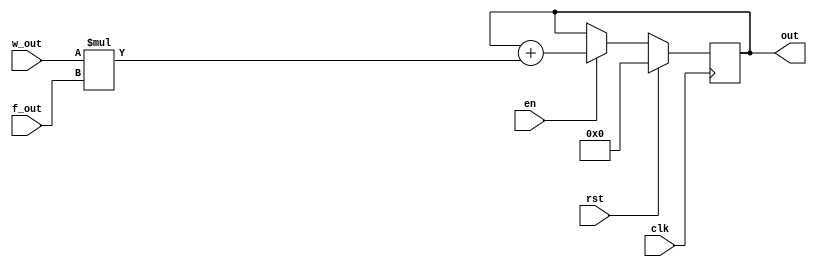
module acc_test(
    input clk,
    input [7:0] w_out,
    input [7:0] f_out,
    input rst,
    input en,
    output reg [7:0] out
);

    always @(posedge clk) begin
        if(rst == 1'b1) begin
            out <= 8'b0;
        end
        else if(en == 1'b1) begin
            out <= out + (w_out * f_out);
        end
    end
endmodule